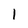
Character: 1